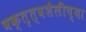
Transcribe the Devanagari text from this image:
वक्तृत्वशैलीच्या